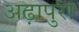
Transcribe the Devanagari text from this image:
अढ़ापुरा